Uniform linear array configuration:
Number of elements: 4
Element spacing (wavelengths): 1
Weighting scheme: binomial
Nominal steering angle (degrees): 0
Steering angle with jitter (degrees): -1.612
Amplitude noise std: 0.05
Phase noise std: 0.05

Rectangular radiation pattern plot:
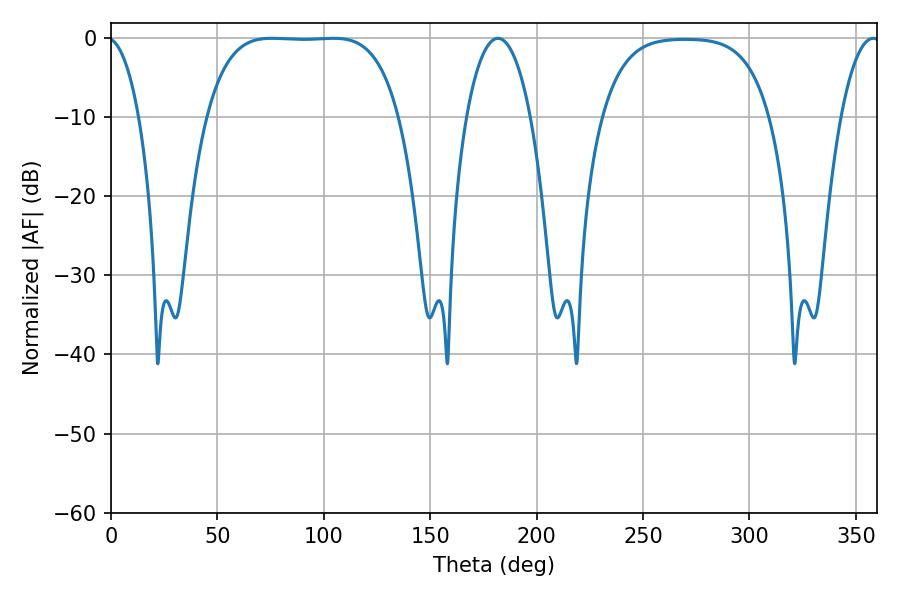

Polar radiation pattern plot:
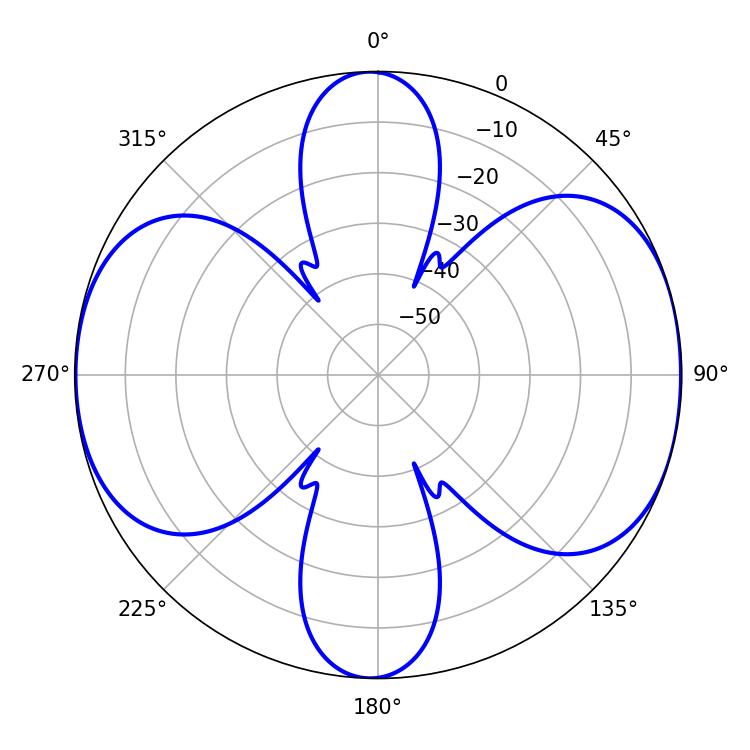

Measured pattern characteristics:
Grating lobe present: TRUE
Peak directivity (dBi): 9.658
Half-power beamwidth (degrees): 69.84
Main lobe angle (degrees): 75.42